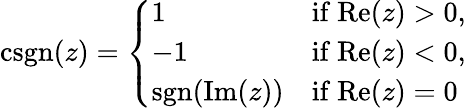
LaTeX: \operatorname{csgn}(z)={\left\{ \begin{array}{ll}{1}&{{\mathrm{if~}}\mathrm{Re}(z)>0,}\\ {-1}&{{\mathrm{if~}}\mathrm{Re}(z)<0,}\\ {\operatorname{sgn}(\mathrm{Im}(z))}&{{\mathrm{if~}}\mathrm{Re}(z)=0}\end{array}\right.}